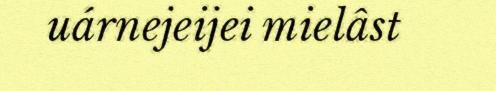
uárnejeijei mielâst